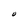
Character: O